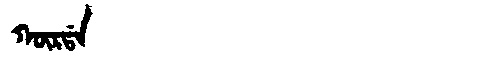
Manchu: ᡴᡡᡵᡩᠠ
Romanization: KŪRDA